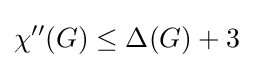
\chi ''(G)\leq \Delta (G)+3